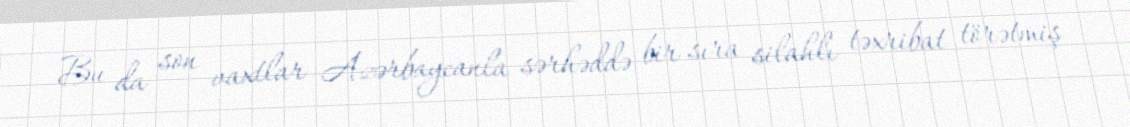
Bu da son vaxtlar Azərbaycanla sərhəddə bir sıra silahlı təxribat törətmiş